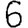
Digit: 6